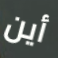
أين